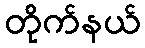
တိုက်နယ်